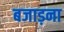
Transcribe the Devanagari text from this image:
बजाड़ना